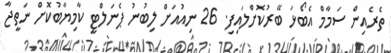
ތެރެއިން ސަމާމް އެބޯޅަ ބޭރުކޮށްލައިފި. 26 ނިއުއަށް ލިބުނު ޕެނަލްޓީ ކާމިޔާބުކޮށް ނަތީޖާ